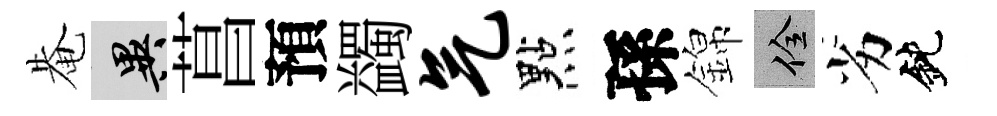
𤲅异菖預蠲气點孫錦佺劣鈍